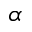
\alpha